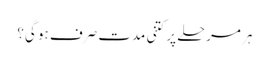
ہر مرحلے پر کتنی مدت صرف ہو گی؟